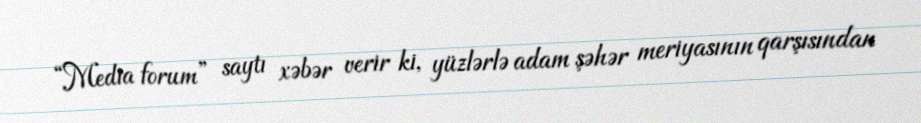
“Media forum” saytı xəbər verir ki, yüzlərlə adam şəhər meriyasının qarşısından